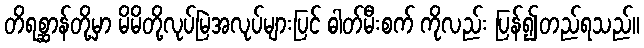
တိရစ္ဆာန်တို့မှာ မိမိတို့လုပ်မြဲအလုပ်များပြင် ဓါတ်မီးစက် ကိုလည်း ပြန်၍တည်ရသည်။